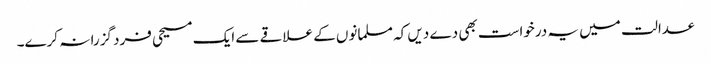
عدالت میں یہ درخواست بھی دے دیں کہ مسلمانوں کے علاقے سے ایک مسیحی فرد گزرا نہ کرے۔